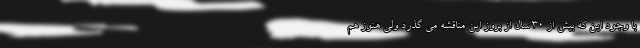
با وجود این که بیش از 30 سال از بروز این مناقشه می گذرد ولی هنوز هم